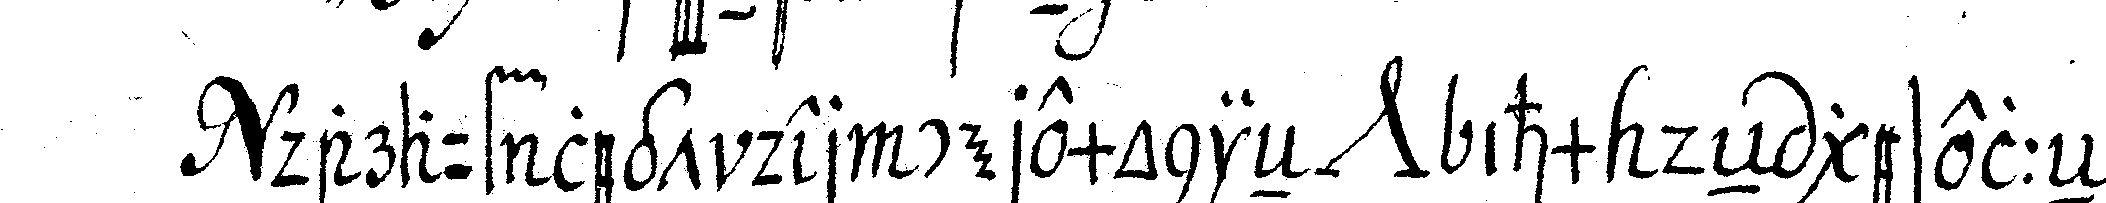
darauf legt der ceremonieN *nee* ihm deN geselleN